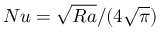
N u = \sqrt { R a } / ( 4 \sqrt { \pi } )